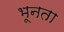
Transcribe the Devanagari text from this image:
भूनता